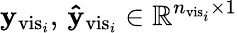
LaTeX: \mathbf{y}_{\mathrm{vis}_{i}},\, \mathbf{\hat{y}}_{\mathrm{vis}_{i}}\in\mathbb{R}^{n_{\mathrm{vis}_{i}}\times 1}